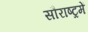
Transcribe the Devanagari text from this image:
सौराष्‍ट्रमें